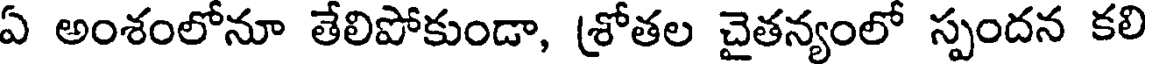
ఏ అంశంలోనూ తేలిపోకుండా, (శోతల చైతన్యంలో స్పందన కలి